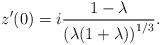
LaTeX: \begin{align*}z'(0)=i\frac{1-\lambda}{\left(\lambda(1+\lambda)\right)^{1/3}}.\end{align*}